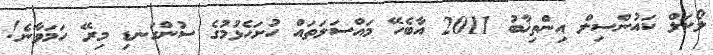
ލޯކަލް ކައުންސިލް އިންތިޚާބު 2011 އާބެހޭ މައްސަލަތައް ހުށަހެޅުމުގެ ސުންގަނޑި މިރޭ ހަމަވާނެ!